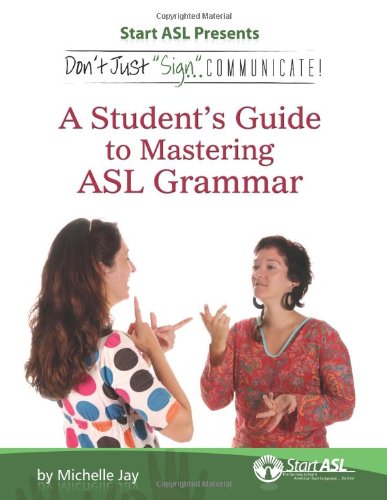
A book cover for Don't Just Sign... Communicate!: A Student's Guide to Mastering American Sign Language Grammar; Michelle Jay; Reference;